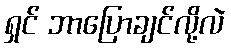
ရှင် ဘာပြောချင်လို့လဲ